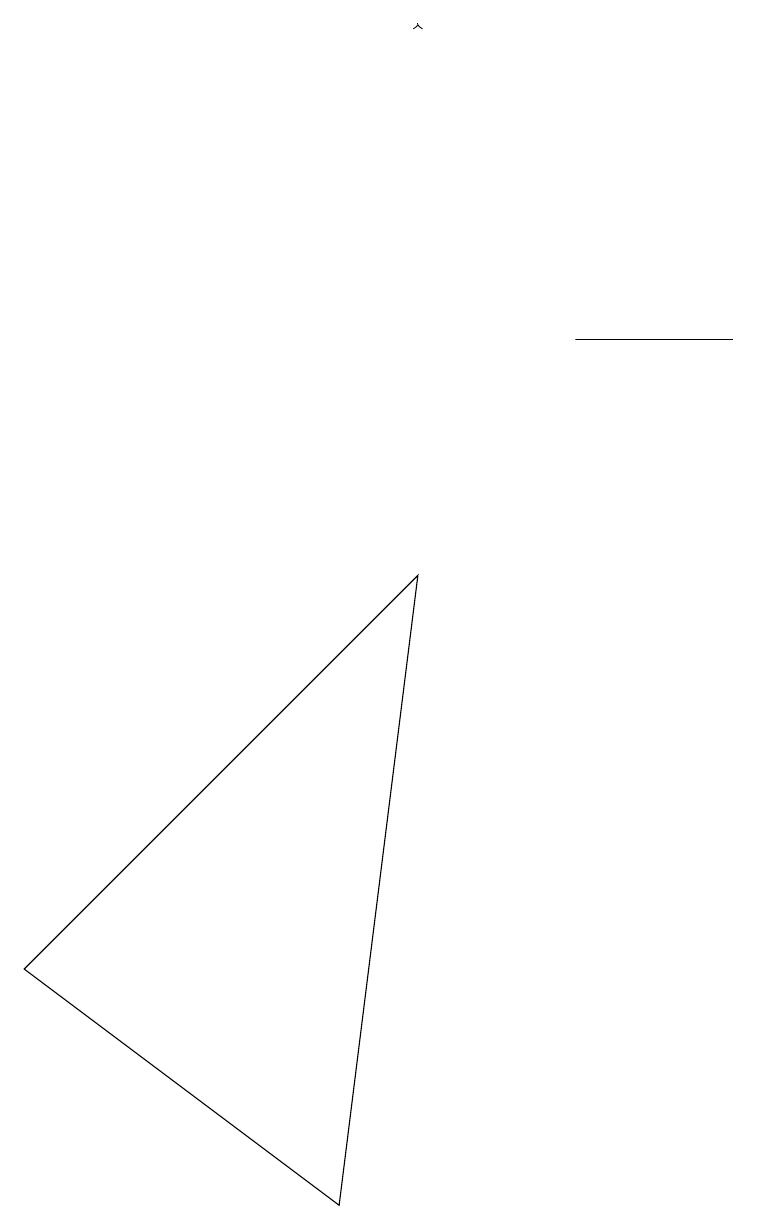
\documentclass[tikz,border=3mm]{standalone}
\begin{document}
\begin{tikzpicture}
\draw (7,12) rectangle (9,12);
\draw[->] (5,16) -- (5,16);
\draw (5,9) -- (0,4) -- (4,1) -- cycle;
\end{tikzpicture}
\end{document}